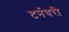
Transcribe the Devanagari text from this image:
टर्नबरी